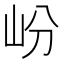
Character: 岎